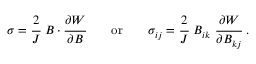
{ \boldsymbol { \sigma } } = { \cfrac { 2 } { J } } ~ { \boldsymbol { B } } \cdot { \cfrac { \partial W } { \partial { \boldsymbol { B } } } } \qquad { \mathrm { o r } } \qquad \sigma _ { i j } = { \cfrac { 2 } { J } } ~ B _ { i k } ~ { \cfrac { \partial W } { \partial B _ { k j } } } ~ .